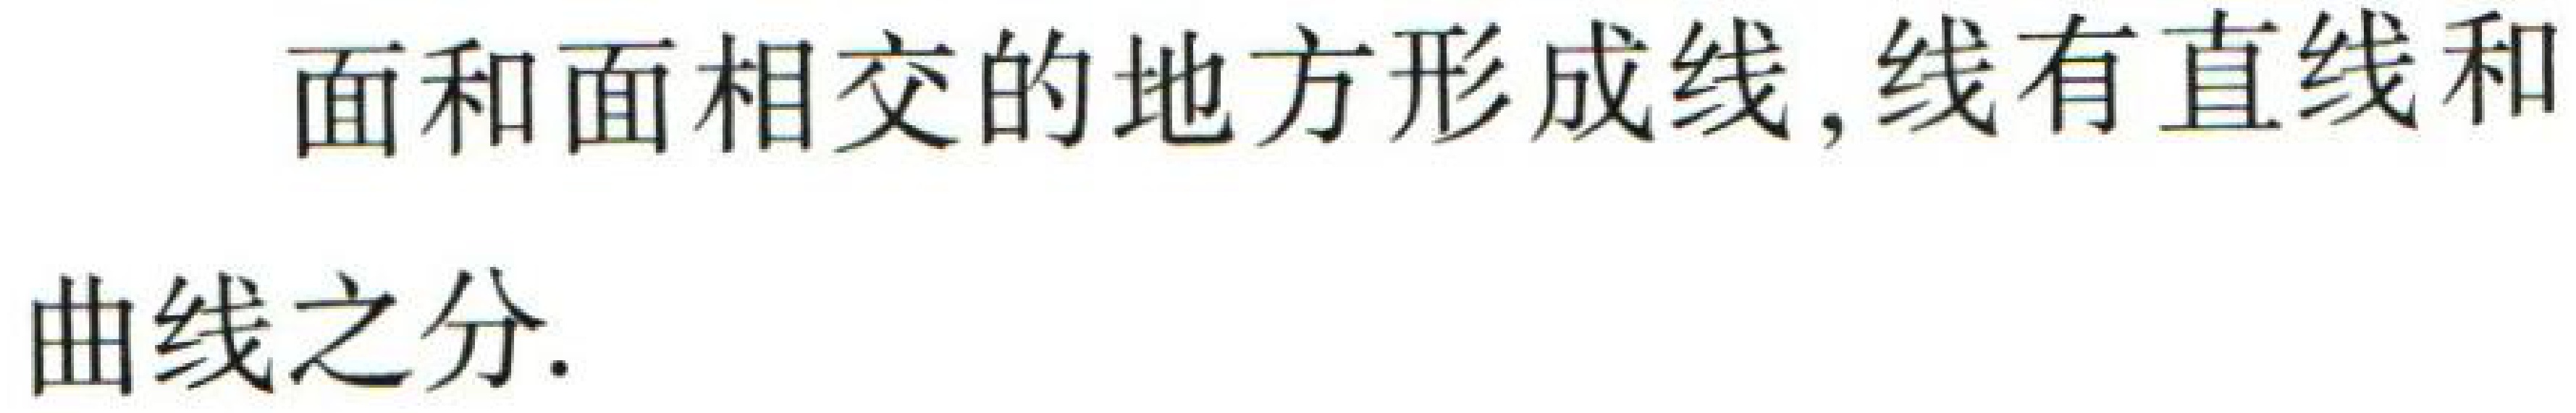
面和面相交的地方形成线, 线有直线和曲线之分.